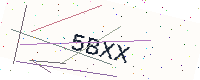
Text: 5BXX